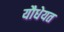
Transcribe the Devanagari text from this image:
यौधेयत